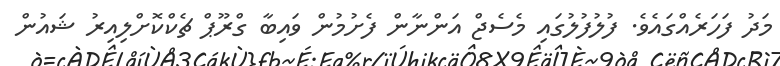
މަދު ފަހަރެއްގައެވެ. ފުލުފުލުގައި މެސެޖް އަންނާން ފެށުމުން ވައިބާ ގްރޫޕް ޗެކްކޮށްލިއިރު ޝައުން